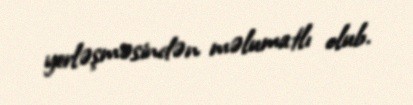
yerləşməsindən məlumatlı olub.